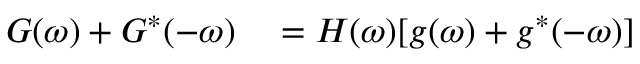
\begin{array} { r l } { G ( \omega ) + G ^ { * } ( - \omega ) } & { { } = H ( \omega ) [ g ( \omega ) + g ^ { * } ( - \omega ) ] } \end{array}